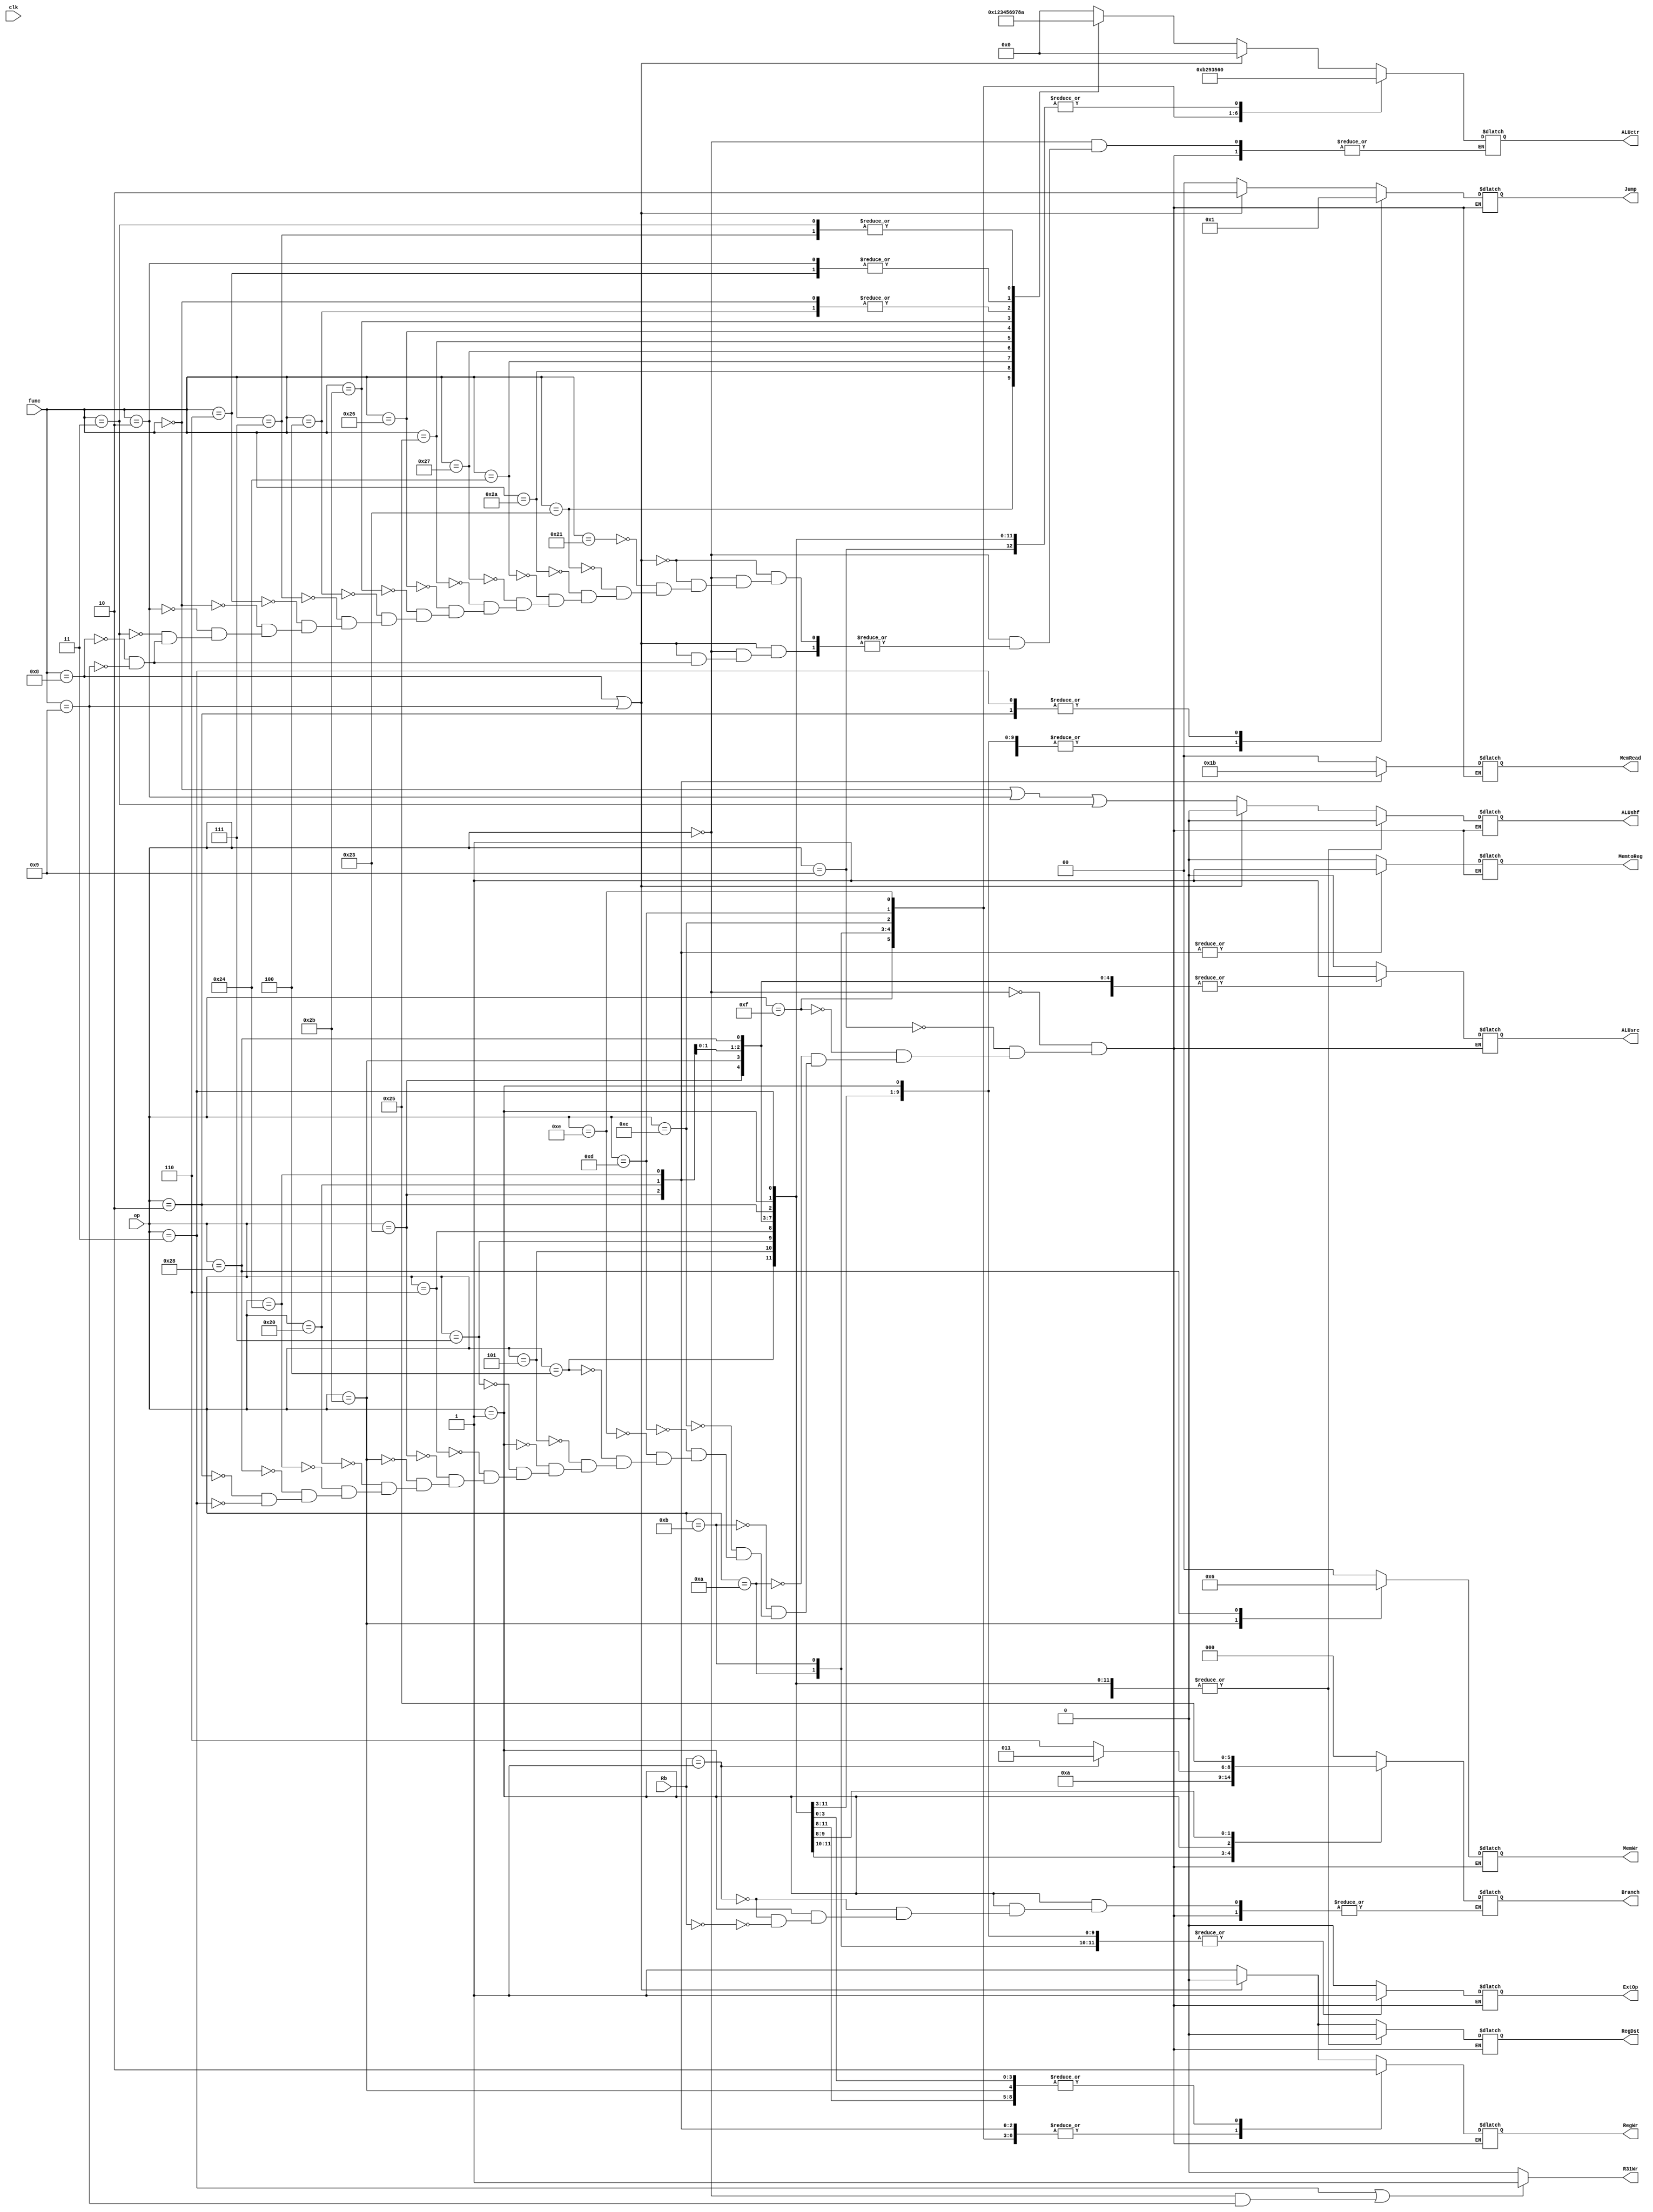
module ctrl(clk,    op,        func,   ALUctr,
			Branch, Jump,      RegDst, ALUsrc,  MemtoReg, 
			RegWr,  MemWr,     ExtOp,  MemRead, ALUshf,
			R31Wr,  Rb);//RbBLTZ==BGEZ

	input 			 clk;
	input      [5:0] op,func;
	input      [4:0] Rb;
	output reg [3:0] ALUctr;
	output reg [2:0] Branch;
	output reg [1:0] Jump;
	output reg       RegDst;
	output reg		 ALUsrc;//WrEn
	output reg 		 MemtoReg;
	output reg  	 RegWr;
	output reg [1:0] MemWr;
	output reg 		 ExtOp;
	output reg [1:0] MemRead;
	output reg 		 ALUshf;
	output reg 		 R31Wr;

	//*********op*********//
	parameter R     = 6'b000000, ADDIU = 6'b001001, LUI  = 6'b001111, SLTI = 6'b001010, SLTIU = 6'b001011,
			  ANDI  = 6'b001100, ORI   = 6'b001101, XORI = 6'b001110, BEQ  = 6'b000100, BNE   = 6'b000101,
			  BGEZ = 6'b000001, BGTZ  = 6'b000111, BLEZ = 6'b000110, BLTZ = 6'b000001, LW    = 6'b100011,//BLTZ==BGEZ
			  SW    = 6'b101011, LB    = 6'b100000, LBU  = 6'b100100, SB   = 6'b101000, J     = 6'b000010,
			  JAL   = 6'b000011;
	//JR = 6'b000000, JALR = 6'b000000

	//********func********// op = 6'b000000
    parameter ADDU = 6'b100001, SUBU = 6'b100011, SLT  = 6'b101010, AND  = 6'b100100, NOR  = 6'b100111,
              OR   = 6'b100101, XOR  = 6'b100110, SLTU = 6'b101011, SLLV = 6'b000100, SRAV = 6'b000111,
              SRLV = 6'b000110, SLL  = 6'b000000, SRL  = 6'b000010, SRA  = 6'b000011, JR   = 6'b001000,
              JALR = 6'b001001;

    //*******ALUctr******//
    parameter Addu = 4'b0000, Subu = 4'b0001, Slt = 4'b0010, And = 4'b0011, Nor  = 4'b0100,
    		  Or   = 4'b0101, Xor  = 4'b0110, Sll = 4'b0111, Srl = 4'b1000, Sltu = 4'b1001,
    		  Sra  = 4'b1010, Lui  = 4'b1011, 
    		  Nop  = 4'b0000;

    //*******Initial*****//
    initial begin
    	ALUctr		= 4'd0;
     	Branch		= 3'd0;
    	Jump		= 2'b0;
    	RegDst		= 0;
    	ALUsrc		= 0;
    	MemtoReg	= 0;
    	RegWr 	 	= 0;
    	MemWr		= 2'b0;
    	ExtOp		= 0;
    	MemRead     = 2'b0;
    	ALUshf		= 0;
    end

    //******Always*******//
	always @(*)begin
	//******R31Wr*****//31
	if (op == JAL || (op == R && func == JALR)) begin
		R31Wr = 1;
	end else begin
		R31Wr = 0;
	end
	//end R31Wr
	case (op)
		R:begin
			//********JR && JALR ************//
			if (func == JR || func == JALR) begin 
				Branch = 3'b000;
				Jump   = 2'b10;
				RegDst = 0;
				ALUsrc = 0;
					
				MemtoReg = 0;
				RegWr    = 0;
				MemWr    = 0;
				ExtOp    = 0;
				MemRead  = 2'b00;
				ALUshf   = 0;
				case (func)
					JR:   ALUctr = Nop;
					JALR: ALUctr = Nop;
				endcase 
			end //end JR && JALR
			//********R*********************//
			else begin
				Branch = 3'b000;
				Jump   = 2'b0;
				RegDst = 1;
				ALUsrc = 0;
					
				MemtoReg = 0;
				RegWr    = 1;
				MemWr    = 2'b0;
				ExtOp    = 0;
				MemRead  = 2'b00;
				ALUshf   = (func == 6'b000000) || (func == 6'b000010) || (func == 6'b000011);
				
				case (func)
					ADDU: ALUctr = Addu;
					SUBU: ALUctr = Subu;
					SLT : ALUctr = Slt;
					AND : ALUctr = And;
					NOR : ALUctr = Nor;
					OR  : ALUctr = Or;
					XOR : ALUctr = Xor;
					SLTU: ALUctr = Sltu;
					SLLV: ALUctr = Sll;
					SRAV: ALUctr = Sra;
					SRLV: ALUctr = Srl;
					SLL : ALUctr = Sll;
					SRL : ALUctr = Srl;
					SRA : ALUctr = Sra;
					JR  : ALUctr = Nop;
					JALR: ALUctr = Nop;
				endcase 
			end
		end//end R
		ADDIU:begin
			Branch   = 3'b000;
			Jump     = 2'b0;
			RegDst   = 0;
			ALUsrc   = 1;
				
			MemtoReg = 0;
			RegWr    = 1;
			MemWr    = 2'b0;
			ExtOp    = 1;
			MemRead  = 2'b00;
			ALUshf   = 0;

			ALUctr   = Addu;
		end
		LUI:begin
			Branch   = 3'b000;
			Jump     = 2'b0;
			RegDst   = 0;
			ALUsrc   = 1;
				
			MemtoReg = 0;
			RegWr    = 1;
			MemWr    = 2'b0;
			ExtOp    = 0;
			MemRead  = 2'b00;
			ALUshf   = 0;

			ALUctr   = Lui;
		end 
		SLTI:begin
			Branch   = 3'b000;
			Jump     = 2'b0;
			RegDst   = 0;
			ALUsrc   = 1;
				
			MemtoReg = 0;
			RegWr    = 1;
			MemWr    = 2'b0;
			ExtOp    = 1;
			MemRead  = 2'b00;
			ALUshf   = 0;

			ALUctr   = Slt;
		end
		SLTIU:begin
			Branch   = 3'b000;
			Jump     = 2'b0;
			RegDst   = 0;
			ALUsrc   = 1;
				
			MemtoReg = 0;
			RegWr    = 1;
			MemWr    = 2'b0;
			ExtOp    = 1;
			MemRead  = 2'b00;
			ALUshf   = 0;

			ALUctr   = Sltu;
		end
		ANDI:begin
			Branch   = 3'b000;
			Jump     = 2'b0;
			RegDst   = 0;
			ALUsrc   = 1;
				
			MemtoReg = 0;
			RegWr    = 1;
			MemWr    = 2'b0;
			ExtOp    = 0;
			MemRead  = 2'b00;
			ALUshf   = 0;

			ALUctr   = And;
		end
		ORI:begin
			Branch   = 3'b000;
			Jump     = 2'b0;
			RegDst   = 0;
			ALUsrc   = 1;
				
			MemtoReg = 0;
			RegWr    = 1;
			MemWr    = 2'b0;
			ExtOp    = 0;
			MemRead  = 2'b00;
			ALUshf   = 0;

			ALUctr   = Or;
		end
		XORI:begin
			Branch   = 3'b000;
			Jump     = 2'b0;
			RegDst   = 0;
			ALUsrc   = 1;
				
			MemtoReg = 0;
			RegWr    = 1;
			MemWr    = 2'b0;
			ExtOp    = 0;
			MemRead  = 2'b00;
			ALUshf   = 0;

			ALUctr   = Xor;
		end
		BEQ:begin
			Branch   = 3'b001;
			Jump     = 2'b0;
			RegDst   = 0;
			ALUsrc   = 0;
				
			MemtoReg = 0;
			RegWr    = 0;
			MemWr    = 2'b0;
			ExtOp    = 1;
			MemRead  = 2'b00;
			ALUshf   = 0;

			ALUctr   = Nop;
		end
		BNE:begin
			Branch   = 3'b010;
			Jump     = 2'b0;
			RegDst   = 0;
			ALUsrc   = 0;
				
			MemtoReg = 0;
			RegWr    = 0;
			MemWr    = 2'b0;
			ExtOp    = 1;
			MemRead  = 2'b00;
			ALUshf   = 0;

			ALUctr   = Nop;
		end
		BGEZ:begin//BLTZ==BGEZ
			if (Rb == 5'b00001)      Branch = 3'b011;
			else if (Rb == 5'b00000) Branch = 3'b110;  

			Jump     = 2'b0;
			RegDst   = 0;
			ALUsrc   = 0;
				
			MemtoReg = 0;
			RegWr    = 0;
			MemWr    = 2'b0;
			ExtOp    = 1;
			MemRead  = 2'b00;
			ALUshf   = 0;			

			ALUctr   = Nop;
		end
		BGTZ:begin
			Branch   = 3'b100;
			Jump     = 2'b0;
			RegDst   = 0;
			ALUsrc   = 0;
				
			MemtoReg = 0;
			RegWr    = 0;
			MemWr    = 2'b0;
			ExtOp    = 1;
			MemRead  = 2'b00;
			ALUshf   = 0;

			ALUctr   = Nop;
		end
		BLEZ:begin
			Branch   = 3'b101;
			Jump     = 2'b0;
			RegDst   = 0;
			ALUsrc   = 0;
				
			MemtoReg = 0;
			RegWr    = 0;
			MemWr    = 2'b0;
			ExtOp    = 1;
			MemRead  = 2'b00;
			ALUshf   = 0;

			ALUctr   = Nop;
		end
		LW:begin
			Branch   = 3'b000;
			Jump     = 2'b0;
			RegDst   = 0;
			ALUsrc   = 1;
				
			MemtoReg = 1;
			RegWr    = 1;
			MemWr    = 2'b0;
			ExtOp    = 1;
			MemRead  = 2'b01;
			ALUshf   = 0;

			ALUctr   = Addu;
		end
		SW:begin
			Branch   = 3'b000;
			Jump     = 2'b0;
			RegDst   = 0;
			ALUsrc   = 1;
				
			MemtoReg = 0;
			RegWr    = 0;
			MemWr    = 2'b01;
			ExtOp    = 1;
			MemRead  = 2'b00;
			ALUshf   = 0;

			ALUctr   = Addu;
		end
		LB:begin
			Branch   = 3'b000;
			Jump     = 2'b0;
			RegDst   = 0;
			ALUsrc   = 1;
				
			MemtoReg = 1;
			RegWr    = 1;
			MemWr    = 2'b0;
			ExtOp    = 1;
			MemRead  = 2'b10;
			ALUshf   = 0;

			ALUctr   = Addu;
		end
		LBU:begin
			Branch   = 3'b000;
			Jump     = 2'b0;
			RegDst   = 0;
			ALUsrc   = 1;
				
			MemtoReg = 1;
			RegWr    = 1;
			MemWr    = 2'b0;
			ExtOp    = 1;
			MemRead  = 2'b11;
			ALUshf   = 0;

			ALUctr   = Addu;
		end
		SB:begin
			Branch   = 3'b000;
			Jump     = 2'b0;
			RegDst   = 0;
			ALUsrc   = 1;
				
			MemtoReg = 0;
			RegWr    = 0;
			MemWr    = 2'b10;
			ExtOp    = 1;
			MemRead  = 2'b00;
			ALUshf   = 0;

			ALUctr   = Addu;
		end
		J:begin
			Branch   = 3'b000;
			Jump     = 2'b01;
			RegDst   = 0;
			ALUsrc   = 0;
				
			MemtoReg = 0;
			RegWr    = 0;
			MemWr    = 2'b00;
			ExtOp    = 0;
			MemRead  = 2'b00;
			ALUshf   = 0;

			ALUctr   = Nop;
		end
		JAL:begin
			Branch   = 3'b000;
			Jump     = 2'b01;
			RegDst   = 0;
			ALUsrc   = 0;
				
			MemtoReg = 0;
			RegWr    = 0;
			MemWr    = 2'b00;
			ExtOp    = 0;
			MemRead  = 2'b00;
			ALUshf   = 0;

			ALUctr   = Nop;
		end
	endcase
	end
endmodule